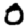
Digit: 0